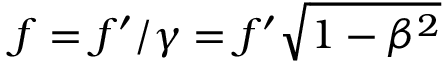
f = f ^ { \prime } / \gamma = f ^ { \prime } { \sqrt { 1 - \beta ^ { 2 } } }